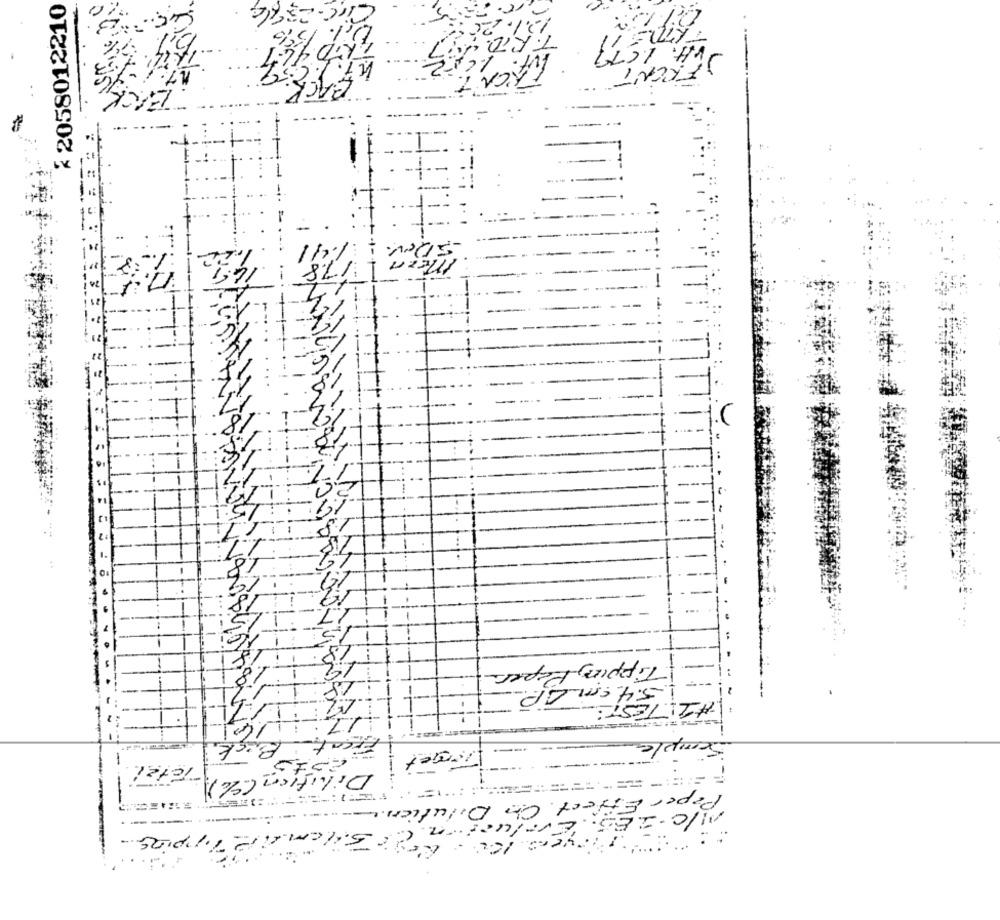
* 2058012210
Dev.
:TITT
18
Tipping Paper
1.1
IT
mple
---
Dilution (%)
Paper Effect . On Dilution . .
10-3E
-------
-------- '